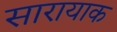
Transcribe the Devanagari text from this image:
सारायाक